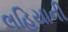
લહિયાની